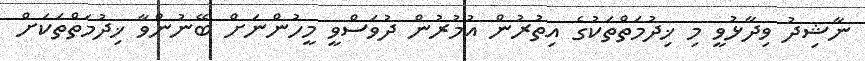
ނާޝިދު ވިދާޅުވީ މި ޚިދުމަތްތަކުގެ އިތުރުން އުމުރުން ދުވަސްވީ މީހުންނަށް ބޭނުންވާ ޚިދުމަތްތަކަށް